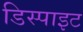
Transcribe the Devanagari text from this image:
डिस्पाइट